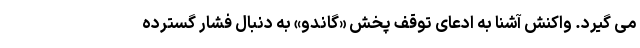
می گیرد. واکنش آشنا به ادعای توقف پخش «گاندو» به دنبال فشار گسترده